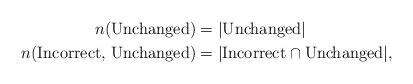
LaTeX: \begin{align*} n(\textrm{Unchanged}) &= |\textrm{Unchanged}|\\ n(\textrm{Incorrect, Unchanged}) &= |\textrm{Incorrect} \cap \textrm{Unchanged}|, \end{align*}